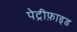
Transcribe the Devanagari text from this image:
पेट्रीफ़ाइड